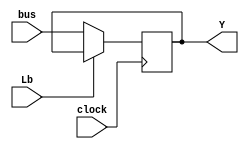
module register_b(input [7:0] bus, input Lb, clock, output reg [7:0] Y);

/*
LEGENDA
Lb -> Permite pegar os valores do bus (LOW) ou nao (HIGH)
*/

always @ (posedge clock)
begin
	Y <= Lb == 0 ? bus: Y;
end

endmodule